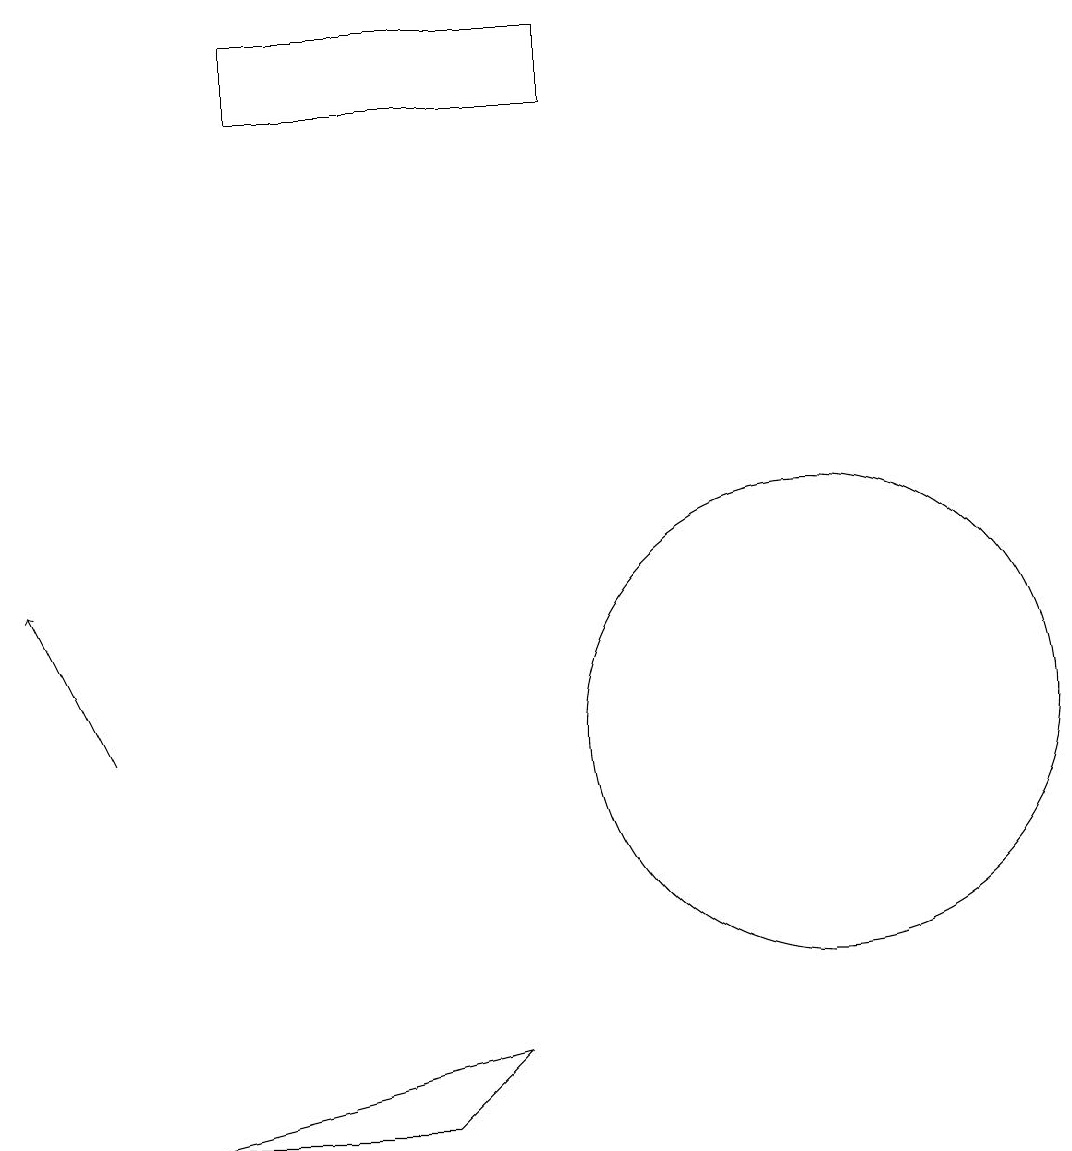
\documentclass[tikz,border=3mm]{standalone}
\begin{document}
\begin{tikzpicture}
\draw[->] (1,10) -- (0,12);
\draw (2,5) -- (5,5) -- (6,6) -- cycle;
\draw (10,10) circle (3);
\draw (3,19) rectangle (7,18);
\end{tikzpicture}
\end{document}